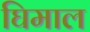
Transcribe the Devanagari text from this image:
घिमाल